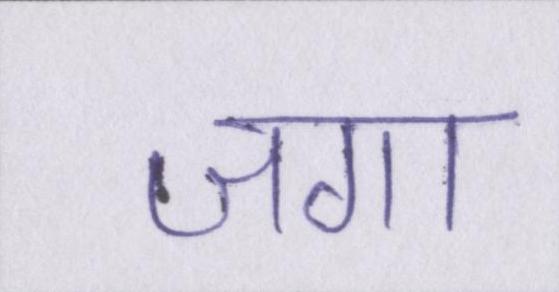
जगा